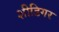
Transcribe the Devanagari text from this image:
शीडिगर